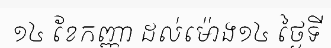
១៤ ខែកញ្ញា ដល់ម៉ោង១៤ ថ្ងៃទី